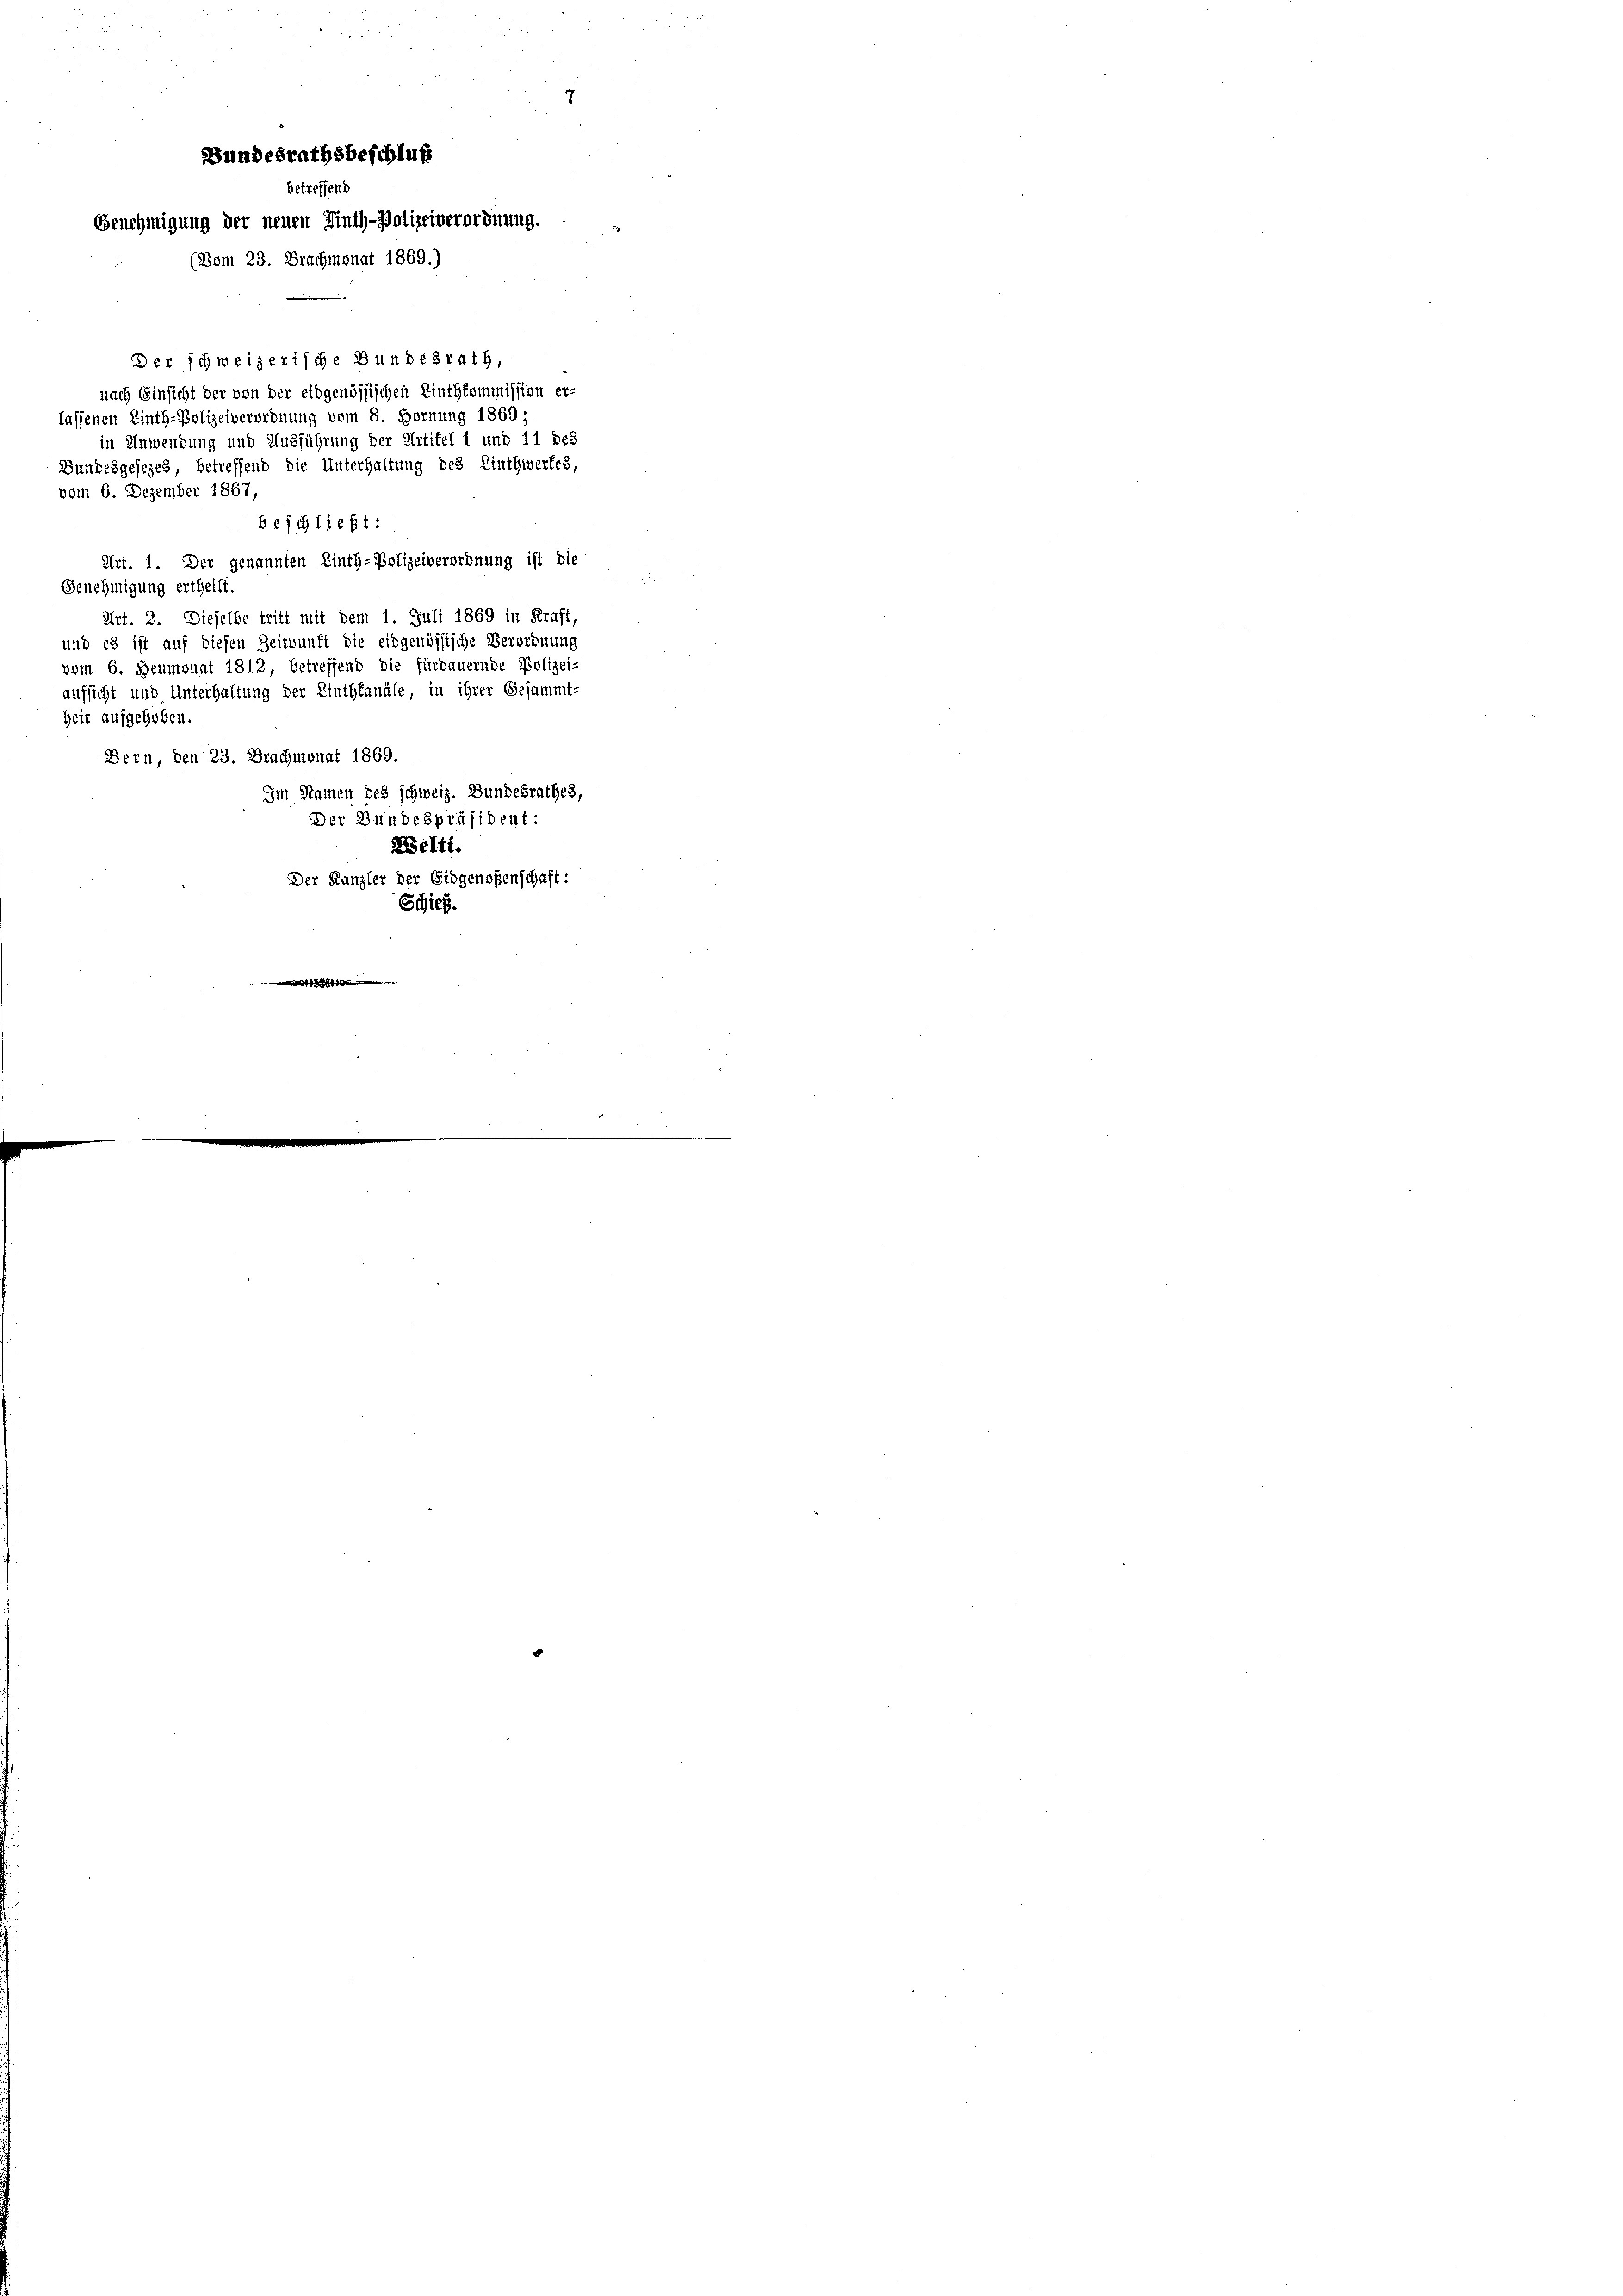
Bundesrathsbeschluß
betreffend
Genehmigung der neuen Linth-Polizeiverordnung.
(Vom 23. Brachmonat 1869.)

Der schweizerische Bundesrath,
nach Einsicht der von der eidgenössischen Einthkommission er-
lassenen Einth-Polizeiverordnung vom 8. Hornung 1869 -
in Anwendung und Ausführung der Artikel 1 und 11 des
Bundesgesezes, betreffend die Unterhaltung des Einthwerfes,
vom 6. Dezember 1867,
beschließt:
Art. 1. Der genannten Linth-Polizeiverordnung ist die
Genehmigung ertheilt.
Art. 2. Dieselbe tritt mit dem 1. Juli 1869 in Kraft,
und es ist auf diesen Zeitpunkt die eidgenössische Verordnung
vom 6. Heumonat 1812 betreffend die fürdauernde Polizei-
aufsicht und Unterhaltung der Linthkanäle, in ihrer Gesammt-
Zeit aufgehoben.
Bern, den 23. Brachmonat 1869.
Im Namen des schweiz. Bundesrathes,
Der Bundespräsident:
Belti.
Der Kanzler der Eidgenoßenschaft:
Schieß.